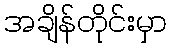
အချိန်တိုင်းမှာ